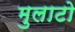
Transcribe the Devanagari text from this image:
मुलाटो